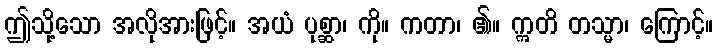
ဤသို့သော အလိုအားဖြင့်။ အယံ ပုစ္ဆာ၊ ကို။ ကတာ၊ ၏။ ဣတိ တသ္မာ၊ ကြောင့်။